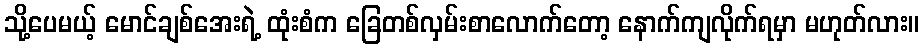
သို့ပေမယ့် မောင်ချစ်အေးရဲ့ ထုံးစံက ခြေတစ်လှမ်းစာလောက်တော့ နောက်ကျလိုက်ရမှာ မဟုတ်လား။